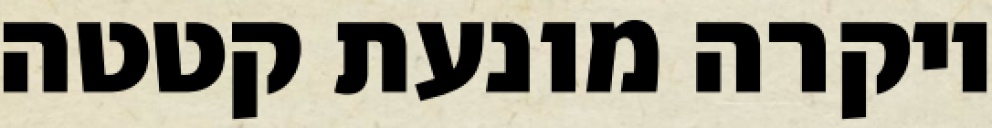
ויקרה מונעת קטטה